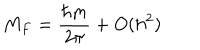
LaTeX: M _ { F } = \frac { \hbar m } { 2 \pi } + O ( \hbar ^ { 2 } )